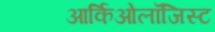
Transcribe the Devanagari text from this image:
आर्किओलॉजिस्ट